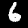
Digit: 6